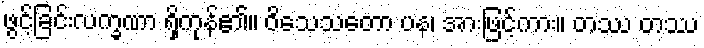
ဖွင့်ခြင်းလက္ခဏာ ရှိကုန်၏။ ဝိသေသတော ပန၊ အားဖြင့်ကား။ တဿ တဿ